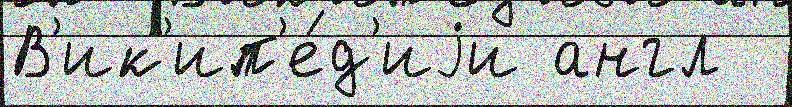
В'ик'ип'е́д'иjи англ